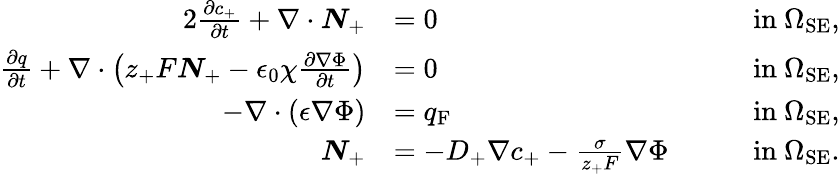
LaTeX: \begin{array}{rlrl}{{2}\frac{\partial c_{+}}{\partial t}+\nabla\cdot\boldsymbol{N}_{+}}&{=0}&&{\mathrm{in}\ \Omega_{\mathrm{SE}},}\\ {\frac{\partial q}{\partial t}+\nabla\cdot\left(z_{+}F\boldsymbol{N}_{+}-\epsilon_{0}\chi\frac{\partial\nabla\Phi}{\partial t}\right)}&{=0}&&{\mathrm{in}\ \Omega_{\mathrm{SE}},}\\ {-\nabla\cdot(\epsilon\nabla\Phi)}&{=q_{\mathrm{F}}}&&{\mathrm{in}\ \Omega_{\mathrm{SE}},}\\ {\boldsymbol{N}_{+}}&{=-D_{+}\nabla c_{+}-\frac{\sigma}{z_{+}F}\nabla\Phi\quad}&&{\mathrm{in}\ \Omega_{\mathrm{SE}}.}\end{array}